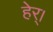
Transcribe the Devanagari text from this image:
हेर्।